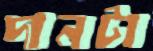
দানটা